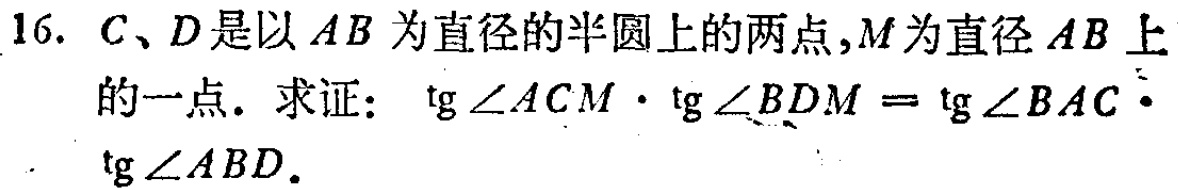
16. \(C、D\)是以\(AB\)为直径的半圆上的两点，\(M\)为直径\(AB\)上的一点. 求证：\(\tg\angle ACM\cdot\tg\angle BDM = \tg\angle BAC\cdot\tg\angle ABD\).